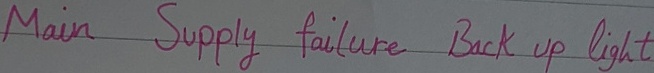
Text: Main Supply failure Back up light